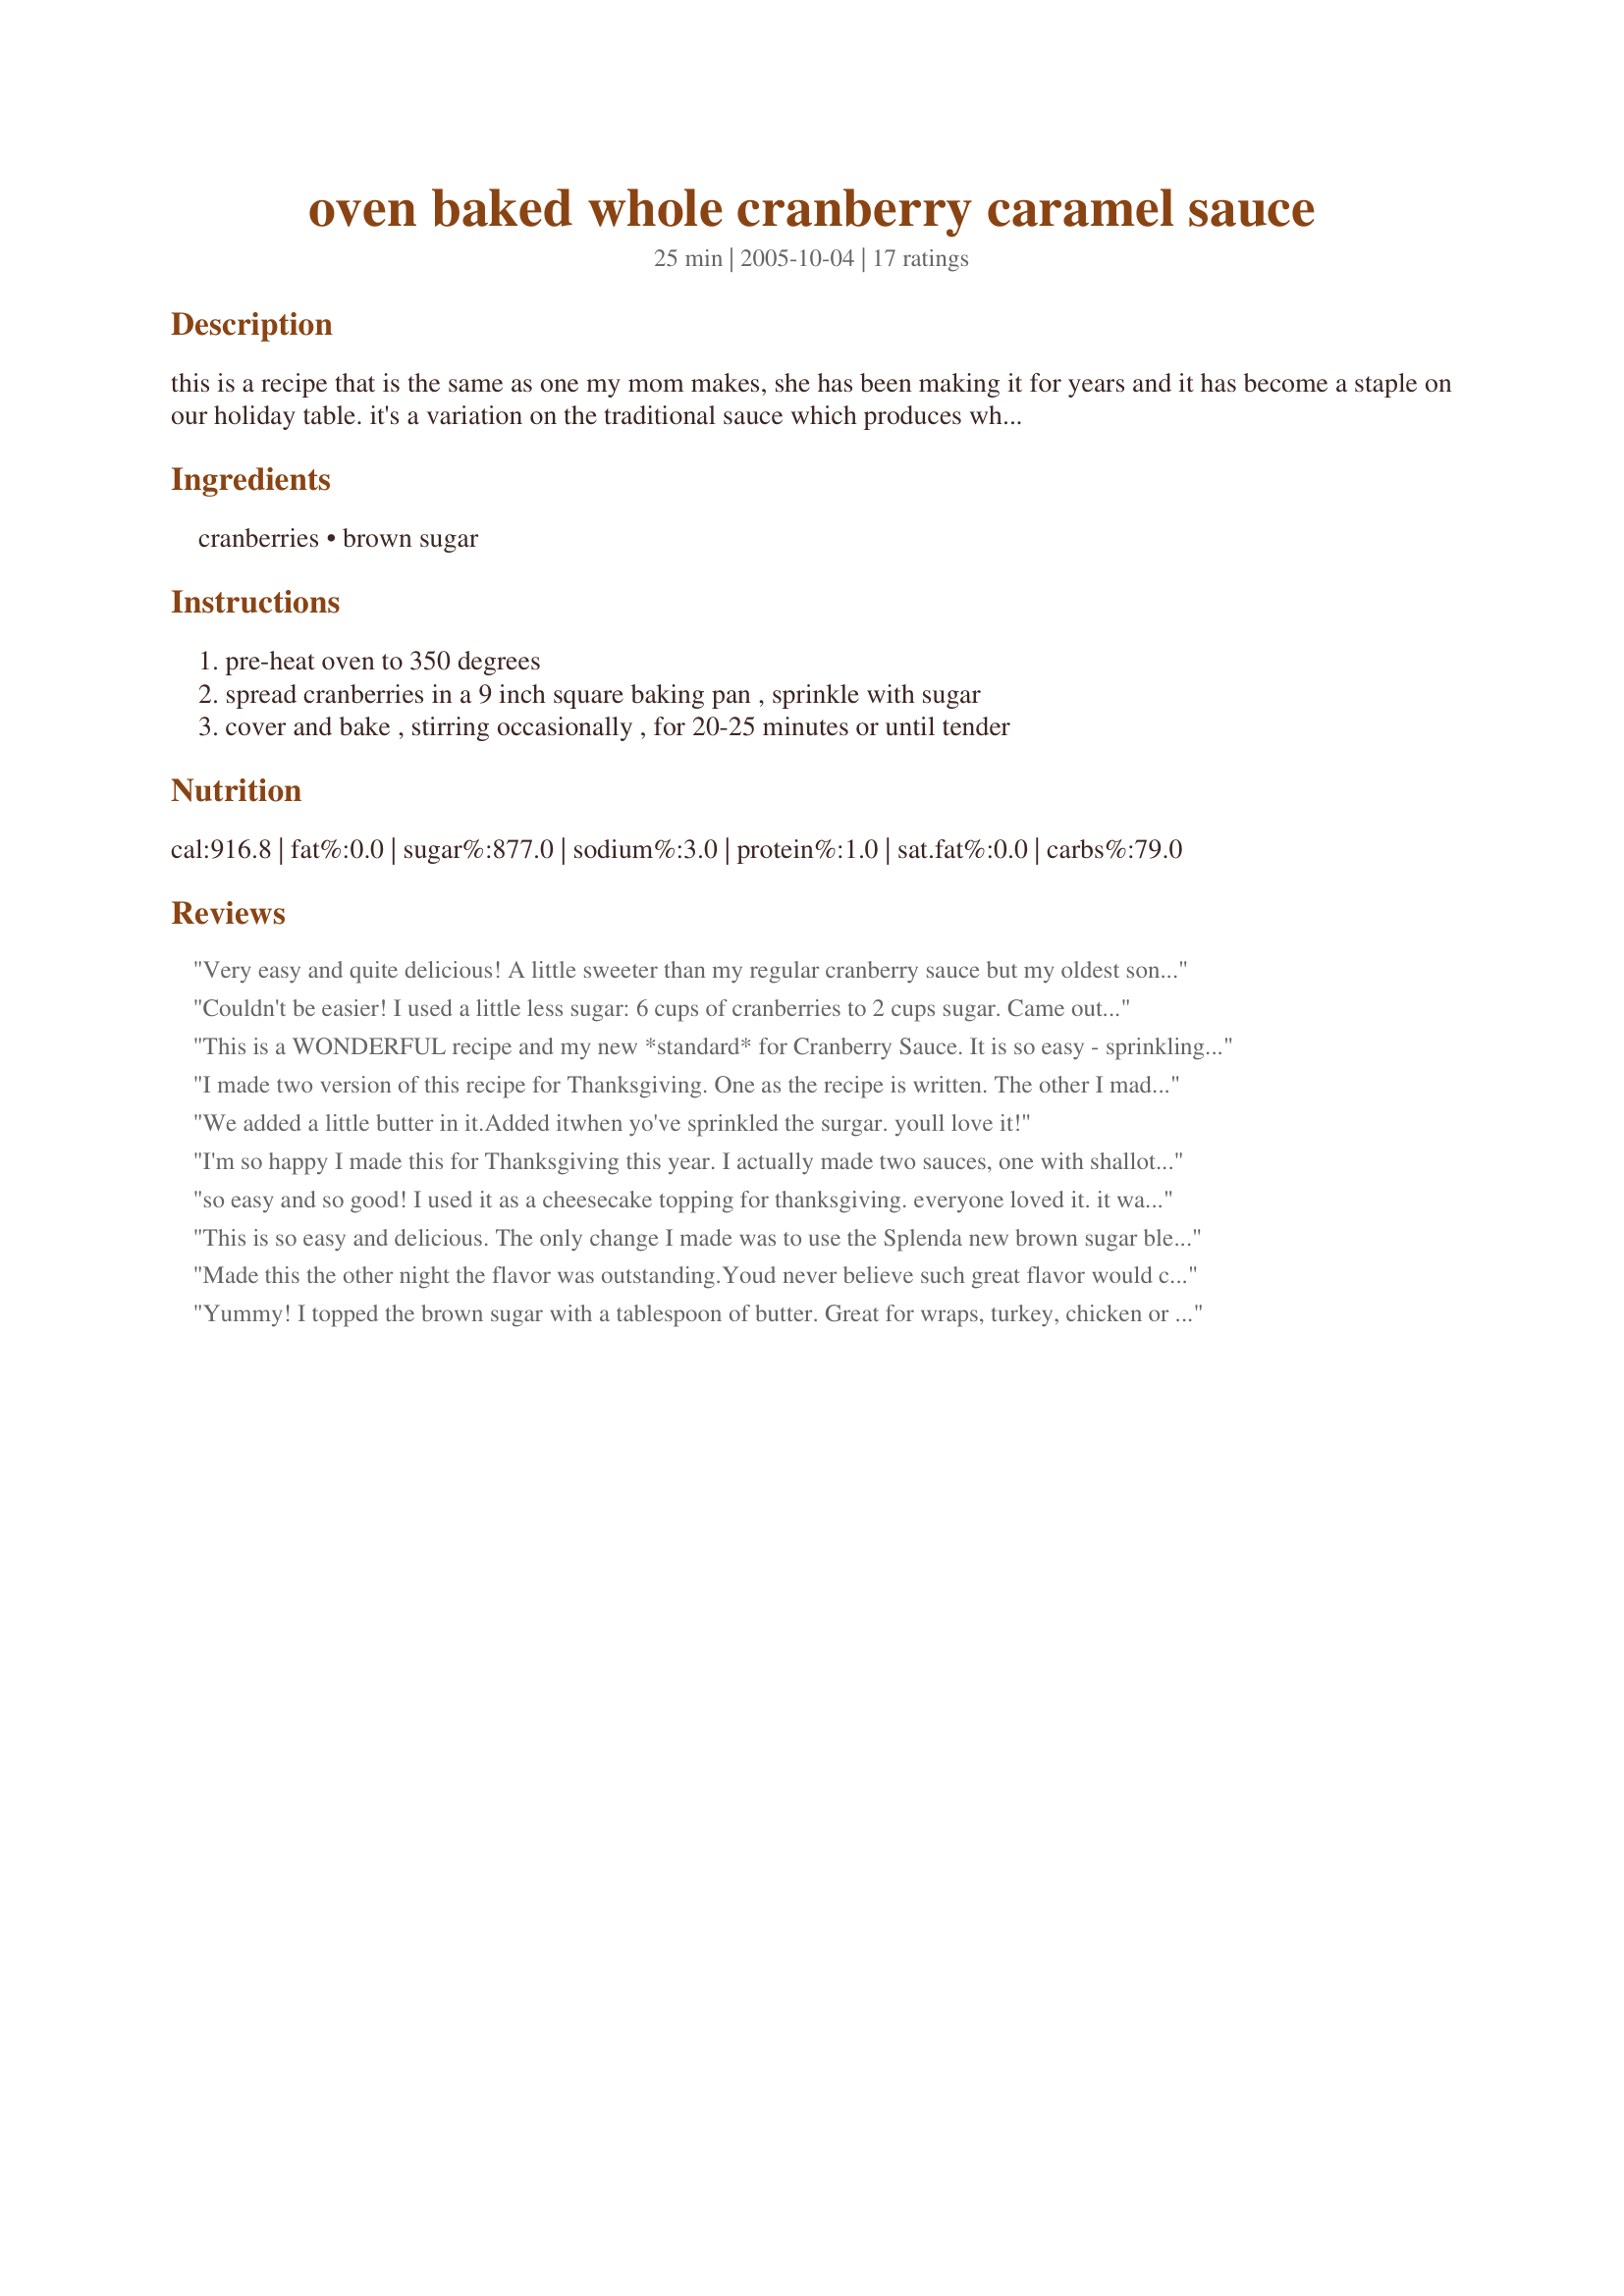
oven baked whole cranberry caramel sauce
Preparation time: 25 minutes

this is a recipe that is the same as one my mom makes, she has been making it for years and it has become a staple on our holiday table.
it's a variation on the traditional sauce which produces whole cooked berries with a touch of caramel.
hope you enjoy!

Ingredients:
cranberries, brown sugar

Steps:
pre-heat oven to 350 degrees, spread cranberries in a 9 inch square baking pan , sprinkle with sugar, cover and bake , stirring occasionally , for 20-25 minutes or until tender

Reviews:
Very easy and quite delicious! A little sweeter than my regular cranberry sauce but my oldest son proclaimed this his new favorite. Use frozen cranberries so had to bake longer. Made ahead and chilled. Thanks for sharing the recipe!
Couldn't be easier! I used a little less sugar: 6 cups of cranberries to 2 cups sugar. Came out great after about 30 minutes. Stirred 3 times. Thanks for posting this!
This is a WONDERFUL recipe and my new *standard* for Cranberry Sauce. It is so easy - sprinkling brown sugar over clean cranberries - and the results are incredible. The flavor was pleasantly more complex than the standard cranberry sauces I've made before and yet held the same thick, almost jelly like consistency. HIGHLY recommend giving this one a try. I made it as written (with a wee less brown sugar) but would double or triple it next time so I'd have 2-3 cups on hand. I also baked just a tad longer - about 30 minutes. This recipe inspires me to make Cranberry Sauce for occasions throughout the year. Thank You Leslie!
I made two version of this recipe for Thanksgiving. One as the recipe is written. The other I made with the Splenda brown sugar blend and added some orange zest. Both were enjoyed by my guests. Note: Place the baking dish on top of a cookie sheet. Even though my baking dish was well covered, the cranberries oozed out from under the cover and ran all over my oven.
We added a little butter in it.Added itwhen yo've sprinkled the surgar.

youll love it!
I'm so happy I made this for Thanksgiving this year. I actually made two sauces, one with shallots and cidar vinegar and this one. Well, this one was the only one people ate, and later asked me the recipe for. So easy to make, although I did leave it in the oven for longer than 20 minutes. The bake time was closer to 50 minutes. I then let it cool and put it in the fridge overnight. A classic as far as I'm concerned.
so easy and so good! I used it as a cheesecake topping for thanksgiving. everyone loved it. it was the first one gone of the 4 pies I made. its gonna be one of my regulars from now on
This is so easy and delicious. The only change I made was to use the Splenda new brown sugar blend instead of the brown sugar. I served this chilled with my Thanksgiving dinner. The timing is perfect as is the flavor. Definitely a keeper.
Made this the other night the flavor was outstanding.Youd never believe such great flavor would come from a very simple recipe.The only variation I made was in the cooking time baked it for 50 minutes
Yummy! I topped the brown sugar with a tablespoon of butter. Great for wraps, turkey, chicken or top a toasted pound cake with ice cream then this sauce.
"Baking" cranberries was a whole new concept for me, so the idea was intriguing. It was incredibly easy, and the end result was delicious! I stirred every 8 minutes, taking it out for good the third time (at the 24-minute mark), and the berries were a perfect consistency. For Thanksgiving dinner, it would be hard to choose between this and regular cranberry sauce. They're equally good -- just a little different. However, when eating leftovers with a cold turkey sandwich, this one wins hands down imo! Thanks, Leslie!
Mmmmm!!! So easy and so good! I made this for Thanksgiving. My mom doesn't even like cranberry sauce and she loved this! Thanks!
I made this today using frozen cranberries as a trial run for the holidays, this is some wicked sauce! I have never made cranberry sauce in the oven before but have certainly heard of it in the past. This bakes out very thick and rich, what a wonderful idea and recipe, I love this, thanks so much for sharing hon...Kitten:)
Wow, I made this today for Thanksgiving and it went over big. I have a sister that never eats Cranberries actually ask for the recipe. I made with Splenda brown sugar blend and got it a little too sweet but it is all gone and I used an entire pack of cranberries. This will become one of my favorite sauce.

Thank you so much for posting.
Delicious and very easy to make, what could be easier? I had to bake it for about 40 minutes before it was done. I like that is has no water in it, so it sets up very nicely and is a gorgeous ruby red color. Would definitely make again!
I used a 12oz bag of berries, which was almost 4 cups (picked over) - with 3/4 cup dark brown sugar, 1/4 cup white sugar, and the grated zest of a tangerine. baked in a covered 8x8 pan for about 35-40 minutes. almost all the berries popped but some were still whole - it was entirely lovely and I will definitely use this recipe again! thanks so much.
Different cranberry sauce recipe. Very good - cooked for 25 minutes. A little dryer than I expected. Maybe next time I won't cook it as long.
